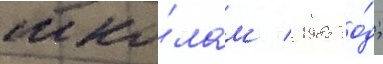
шко́лам / 1985 го́д;